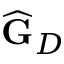
\widehat { \mathbf { G } } _ { D }